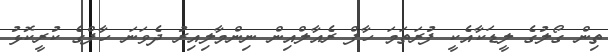
ތިން ގޯލުގެ ލީޑަކާއެކީ ފުރަތަމަ ހާފް ރެއާލްއިން ނިންމާލިއިރު ދެވަނަ ހާފްގެ ކުރީކޮޅު